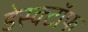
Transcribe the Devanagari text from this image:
डेस्क्टॉफ